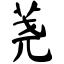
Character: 荛